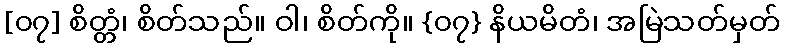
[၀၇] စိတ္တံ၊ စိတ်သည်။ ဝါ၊ စိတ်ကို။ {၀၇} နိယမိတံ၊ အမြဲသတ်မှတ်